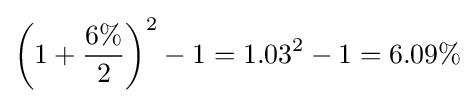
\left(1+{\frac {6\%}{2}}\right)^{2}-1=1.03^{2}-1=6.09\%